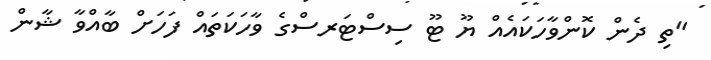
"ތި ދެން ކޮންވާހަކައެއް ޔޫ ޓޫ ސިސްޓަރސްގެ ވާހަކަތައް ފަހަށް ބާއްވާ ޝާން